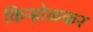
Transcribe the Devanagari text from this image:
किन्होळकर